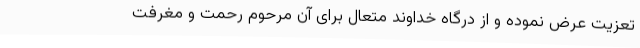
تعزیت عرض نموده و از درگاه خداوند متعال برای آن مرحوم رحمت و مغرفت